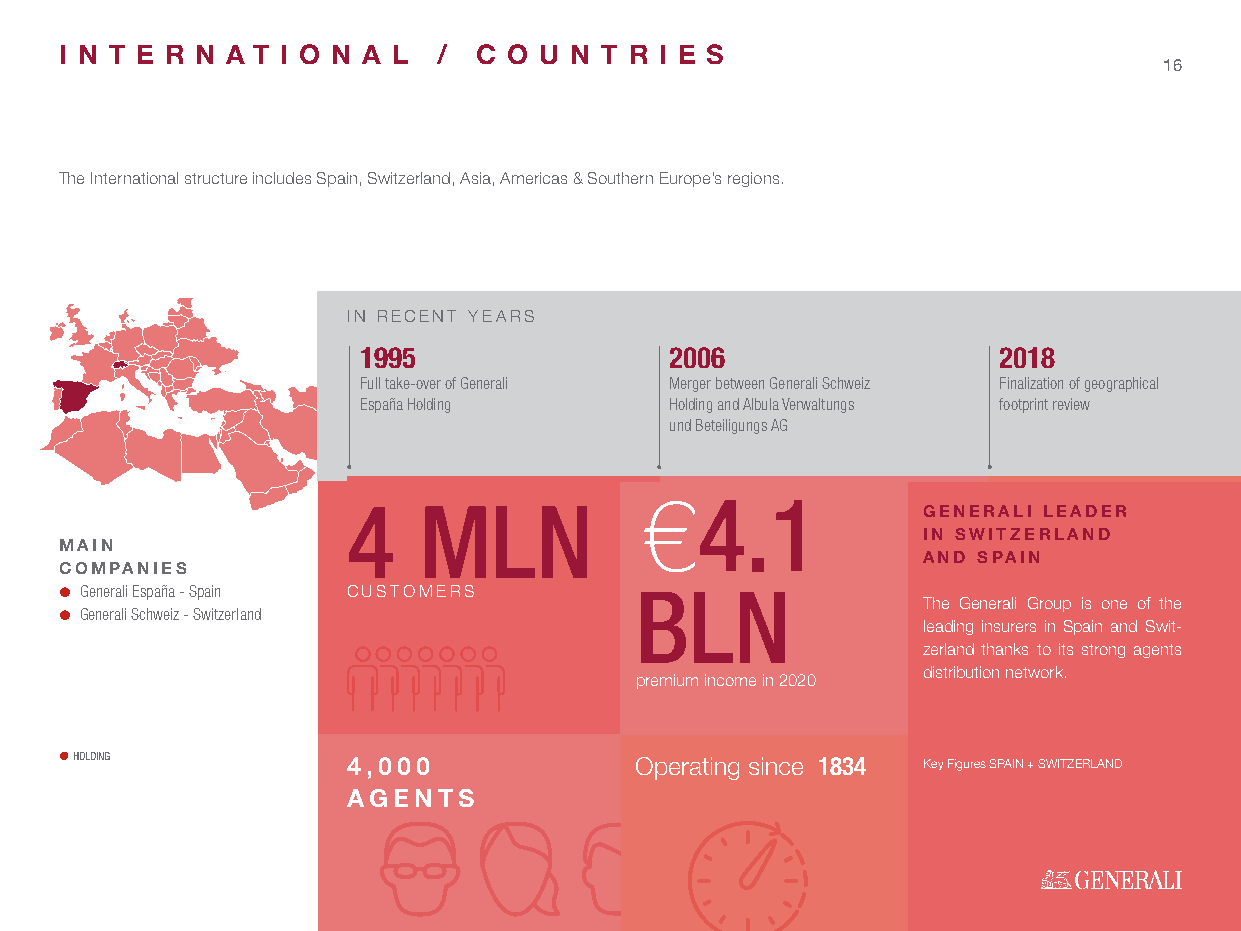
I N T E R N A T I O N A L / C O U N T R I E S
 16
 The International structure includes Spain, Switzerland, Asia, Americas & Southern Europe’s regions.
 IN RECENT YEARS
 1995                2006                  2018
 Full take-over of Generali Merger between Generali Schweiz Finalization of geographical
 España Holding      Holding and Albula Verwaltungs footprint review
 und Beteiligungs AG
 €4.1
 4    MLN                              GENERALI LEADER
 IN SWITZERLAND
 MAIN
 AND SPAIN
 COMPANIES
  Generali España - Spain CUSTOMERS   BLN
 The Generali Group is one of the
  Generali Schweiz - Switzerland
 leading insurers in Spain and Swit-
 zerland thanks to its strong agents
 distribution network.
 premium income in 2020
  HOLDING          4,000              Operating since 1834 Key Figures SPAIN + SWITZERLAND
 AGENTS